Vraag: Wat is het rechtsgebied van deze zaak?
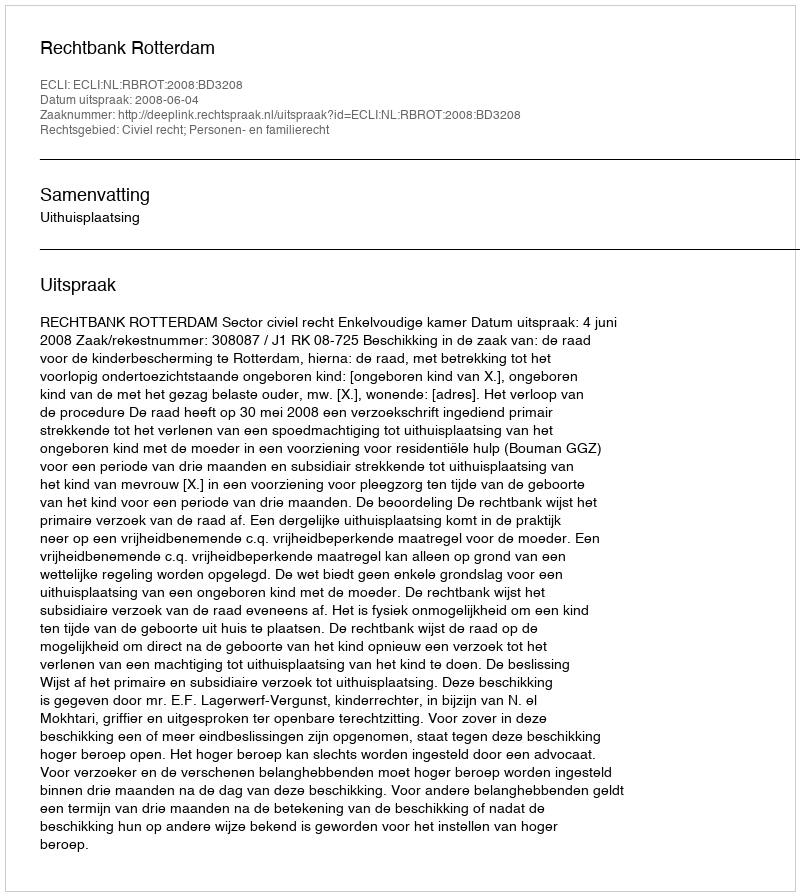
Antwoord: Civiel recht; Personen- en familierecht